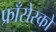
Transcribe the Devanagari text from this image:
फ्राँसेस्को